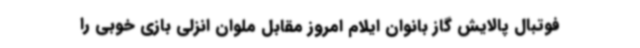
فوتبال پالایش گاز بانوان ایلام امروز مقابل ملوان انزلی بازی خوبی را